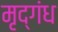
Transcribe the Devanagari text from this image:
मृद्‌गंध